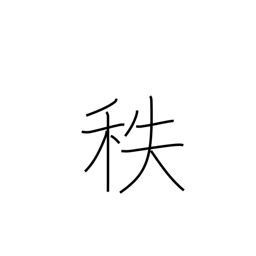
Meaning: salary